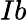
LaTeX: Ib